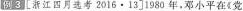
例3[浙江四月选考2016·13]1980年，邓小平在《党